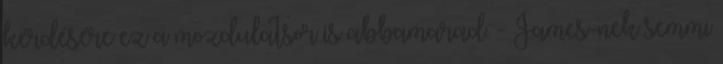
kérdésére ez a mozdulatsor is abbamarad. - James-nek semmi